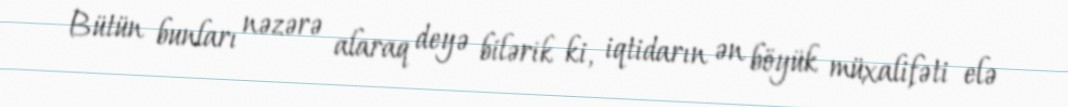
Bütün bunları nəzərə alaraq deyə bilərik ki, iqtidarın ən böyük müxalifəti elə